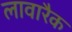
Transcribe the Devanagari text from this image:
लावारैक